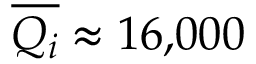
\overline { { Q _ { i } } } \approx 1 6 { , } 0 0 0